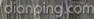
dianping.com